65_HS1-834228961_62-HQ-83894_Section_9
Agency: FBI
Page 39
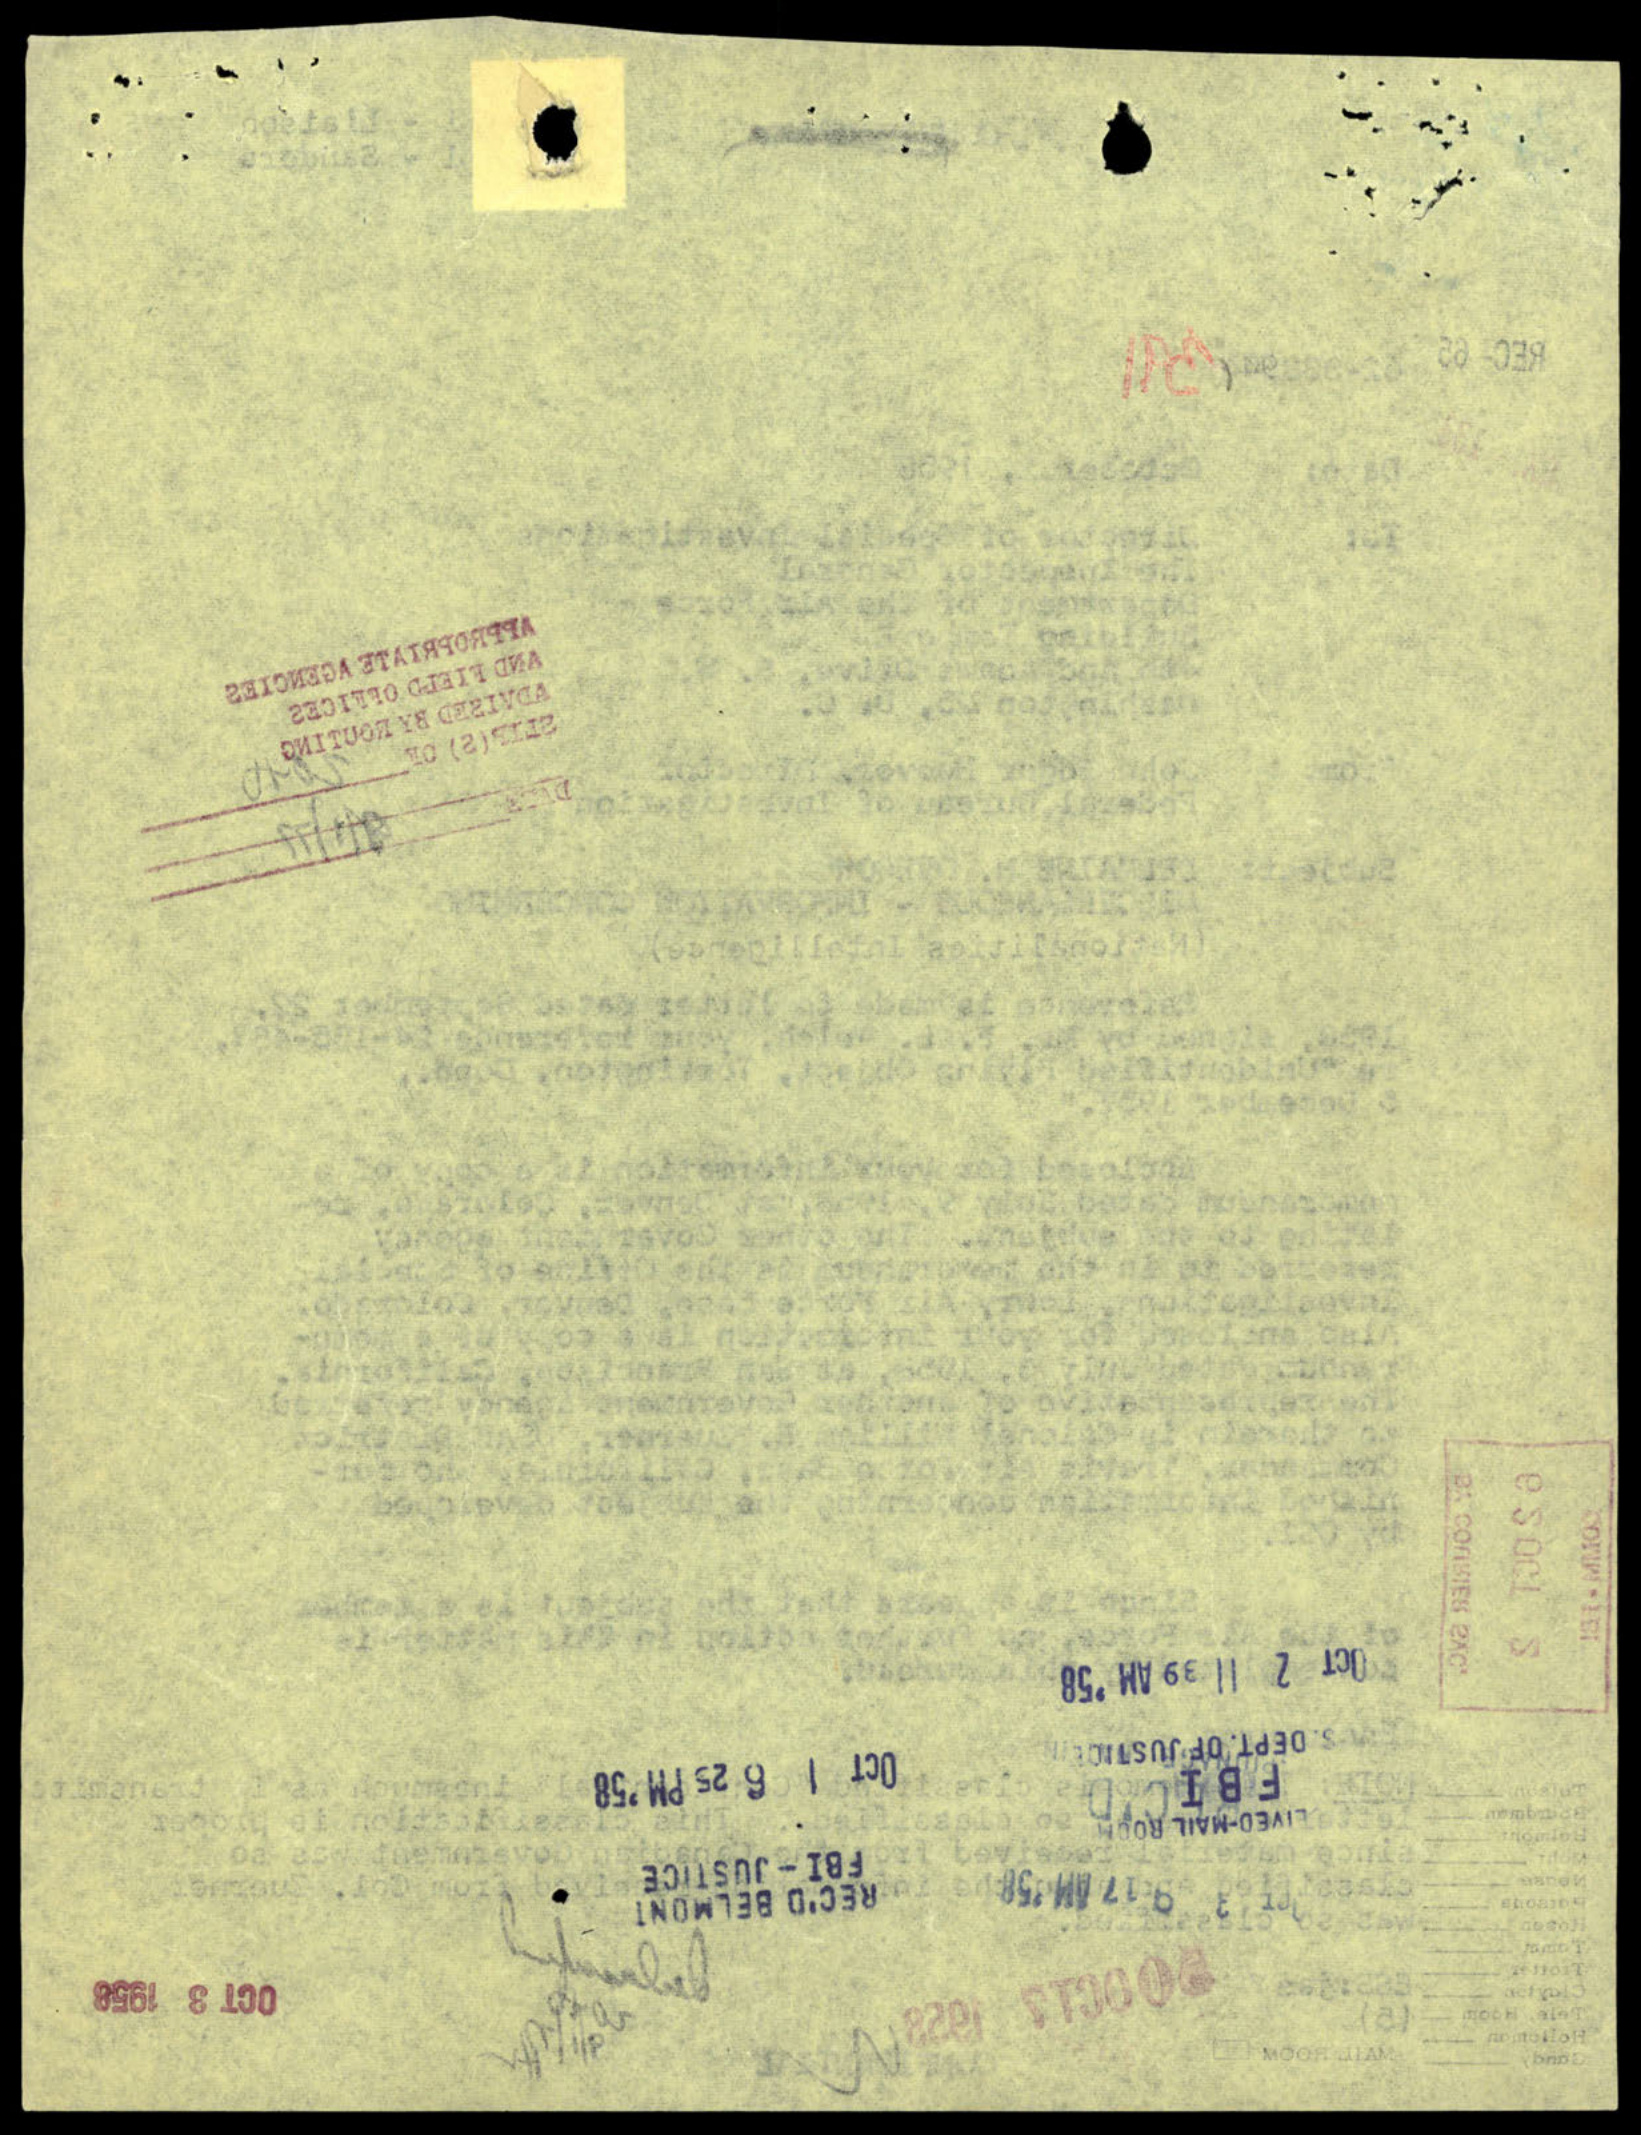